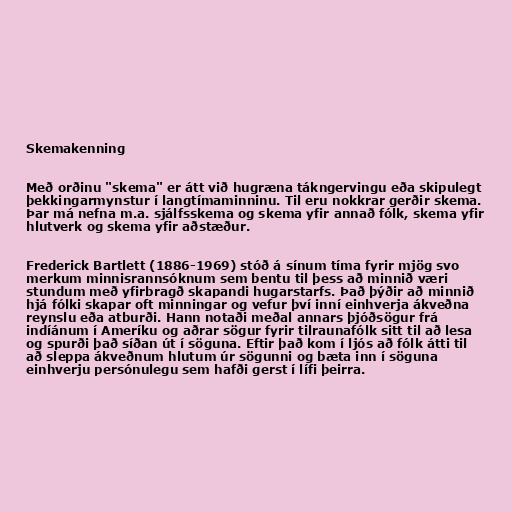
Skemakenning

Með orðinu "skema" er átt við hugræna tákngervingu eða skipulegt
þekkingarmynstur í langtímaminninu. Til eru nokkrar gerðir skema.
Þar má nefna m.a. sjálfsskema og skema yfir annað fólk, skema yfir
hlutverk og skema yfir aðstæður.

Frederick Bartlett (1886-1969) stóð á sínum tíma fyrir mjög svo
merkum minnisrannsóknum sem bentu til þess að minnið væri
stundum með yfirbragð skapandi hugarstarfs. Það þýðir að minnið
hjá fólki skapar oft minningar og vefur því inní einhverja ákveðna
reynslu eða atburði. Hann notaði meðal annars þjóðsögur frá
indíánum í Ameríku og aðrar sögur fyrir tilraunafólk sitt til að lesa
og spurði það síðan út í söguna. Eftir það kom í ljós að fólk átti til
að sleppa ákveðnum hlutum úr sögunni og bæta inn í söguna
einhverju persónulegu sem hafði gerst í lífi þeirra.